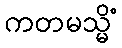
ကတမသ္မိံ